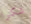
شكرا